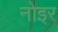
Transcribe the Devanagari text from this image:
नोइर